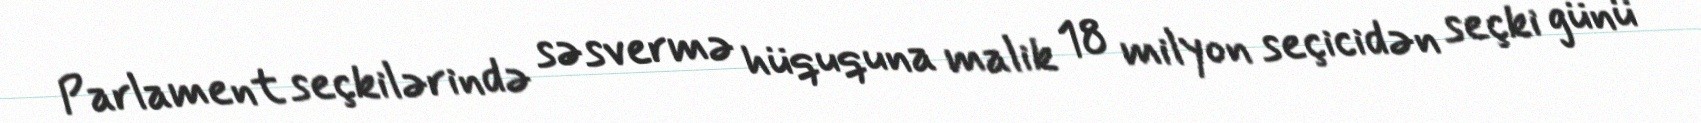
Parlament seçkilərində səsvermə hüququna malik 18 milyon seçicidən seçki günü